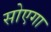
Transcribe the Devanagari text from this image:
सोएगा